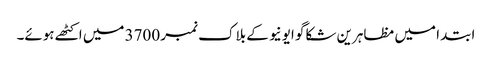
ابتدا میں مظاہرین شکاگو ایونیو کے بلاک نمبر 3700 میں اکٹھے ہوئے۔